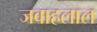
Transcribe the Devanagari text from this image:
जवाहलाल